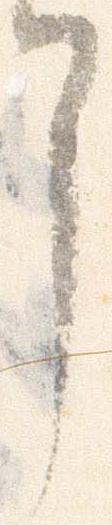
了